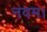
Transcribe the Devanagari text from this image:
नवम।